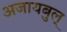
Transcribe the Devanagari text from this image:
अजायबुल्